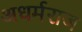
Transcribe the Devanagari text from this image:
अधर्मराज